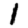
Digit: 1